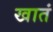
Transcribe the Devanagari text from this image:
खातं